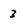
Character: 3